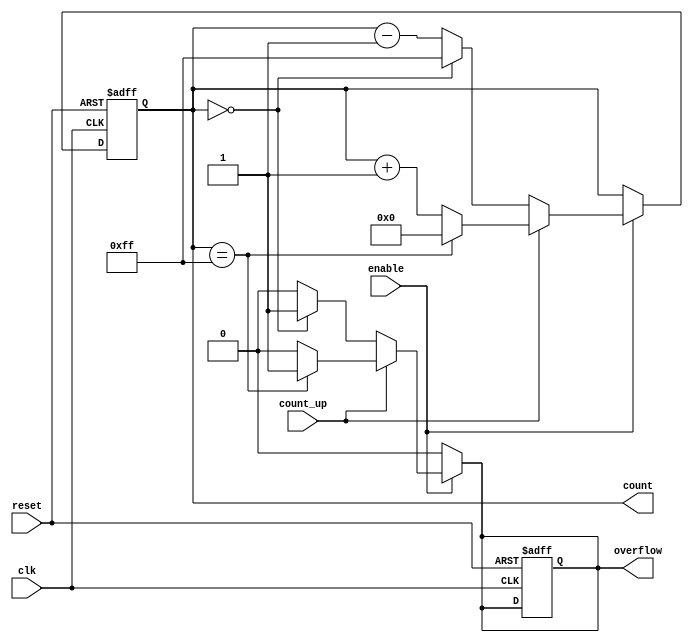
module windowed_counter #(
    parameter WINDOW_SIZE = 8, // Configurable window size (in bits)
    parameter INITIAL_VALUE = 0 // Initial count value
)(
    input wire clk,              // Clock input
    input wire reset,            // Asynchronous reset
    input wire enable,           // Enable signal
    input wire count_up,         // Count direction: 1 for up, 0 for down
    output reg [WINDOW_SIZE-1:0] count, // Current count value
    output reg overflow          // Overflow signal
);

    // Internal signal to hold the next count value
    reg [WINDOW_SIZE-1:0] next_count;

    // Asynchronous reset and counting logic
    always @(posedge clk or posedge reset) begin
        if (reset) begin
            count <= INITIAL_VALUE; // Reset count to initial value
            overflow <= 0;           // Clear overflow signal
        end else if (enable) begin
            count <= next_count;     // Update count on enable
        end
    end

    // Next count logic
    always @(*) begin
        if (enable) begin
            if (count_up) begin
                if (count == (1 << WINDOW_SIZE) - 1) begin
                    next_count = 0; // Wrap around on overflow
                    overflow = 1;    // Set overflow signal
                end else begin
                    next_count = count + 1; // Increment count
                    overflow = 0;            // Clear overflow signal
                end
            end else begin
                if (count == 0) begin
                    next_count = (1 << WINDOW_SIZE) - 1; // Wrap around on underflow
                    overflow = 1;                        // Set overflow signal
                end else begin
                    next_count = count - 1; // Decrement count
                    overflow = 0;            // Clear overflow signal
                end
            end
        end else begin
            next_count = count; // Hold current count if not enabled
            overflow = 0;       // Clear overflow signal
        end
    end

endmodule